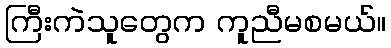
ကြီးကဲသူတွေက ကူညီမစမယ်။